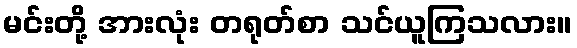
မင်းတို့ အားလုံး တရုတ်စာ သင်ယူကြသလား။